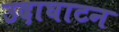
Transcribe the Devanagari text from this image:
उदाघाटन